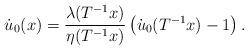
LaTeX: \begin{align*}\dot u_0(x)=\frac{\lambda(T\sp{-1}x)}{\eta(T\sp{-1}x)}\left(\dot u_0(T\sp{-1}x)-1\right).\end{align*}